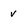
Character: V